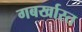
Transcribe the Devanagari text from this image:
गबर्खास्‍त